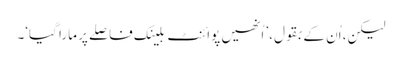
لیکن، اُن کے بقول،’ اُنھیں پوائنٹ بلینک فاصلے پر مارا گیا‘۔